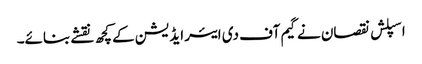
اسپلش نقصان نے گیم آف دی ایئر ایڈیشن کے کچھ نقشے بنائے۔